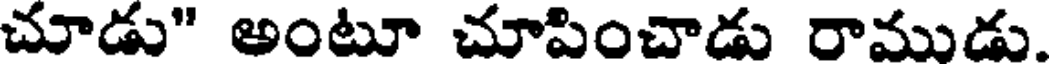
చూడు" అంటూ చూపించాడు రాముడు.